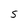
Character: S